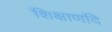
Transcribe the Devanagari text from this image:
शिक्षाणदि